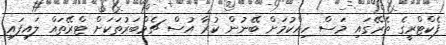
ފެކްޓްރީގެ ތެރޭގައި މަސް ހިއްކުމަށް ބޭނުން ކުރާ އުސް ޗެމްބަރުތަކަށް ޓްރޭތައް ލައިފައި